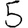
Digit: 5